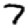
Digit: 7